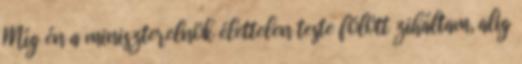
Míg én a miniszterelnök élettelen teste fölött ziháltam, alig